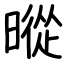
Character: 暰